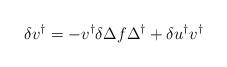
LaTeX: \begin{align*} \delta v^\dagger = - v^\dagger \delta \Delta f \Delta^\dagger + \delta u^\dagger v^\dagger\end{align*}